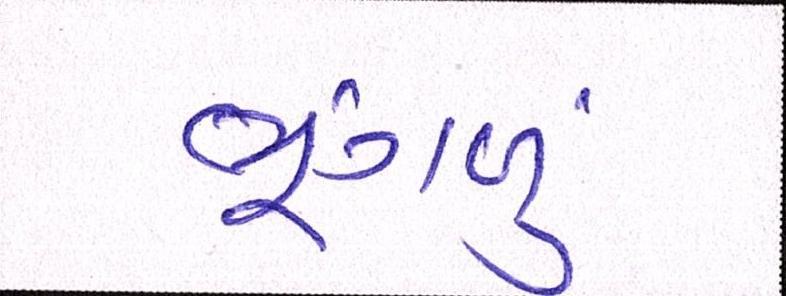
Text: ભૂંગળું